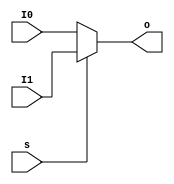
`timescale 1ns / 1ps
//////////////////////////////////////////////////////////////////////////////////
// Company: 
// Engineer: 
// 
// Design Name: 
// Module Name: MUX2T1_32
// Project Name: 
// Target Devices: 
// Tool Versions: 
// Description: 
// 
// Dependencies: 
// 
// Revision:
// Revision 0.01 - File Created
// Additional Comments:
// 
//////////////////////////////////////////////////////////////////////////////////


module MUX2T1_32(input[31:0]I0,
				 input[31:0]I1,
				 input s,
				 output[31:0]o

    );
    assign o = s ? I1 : I0;
endmodule